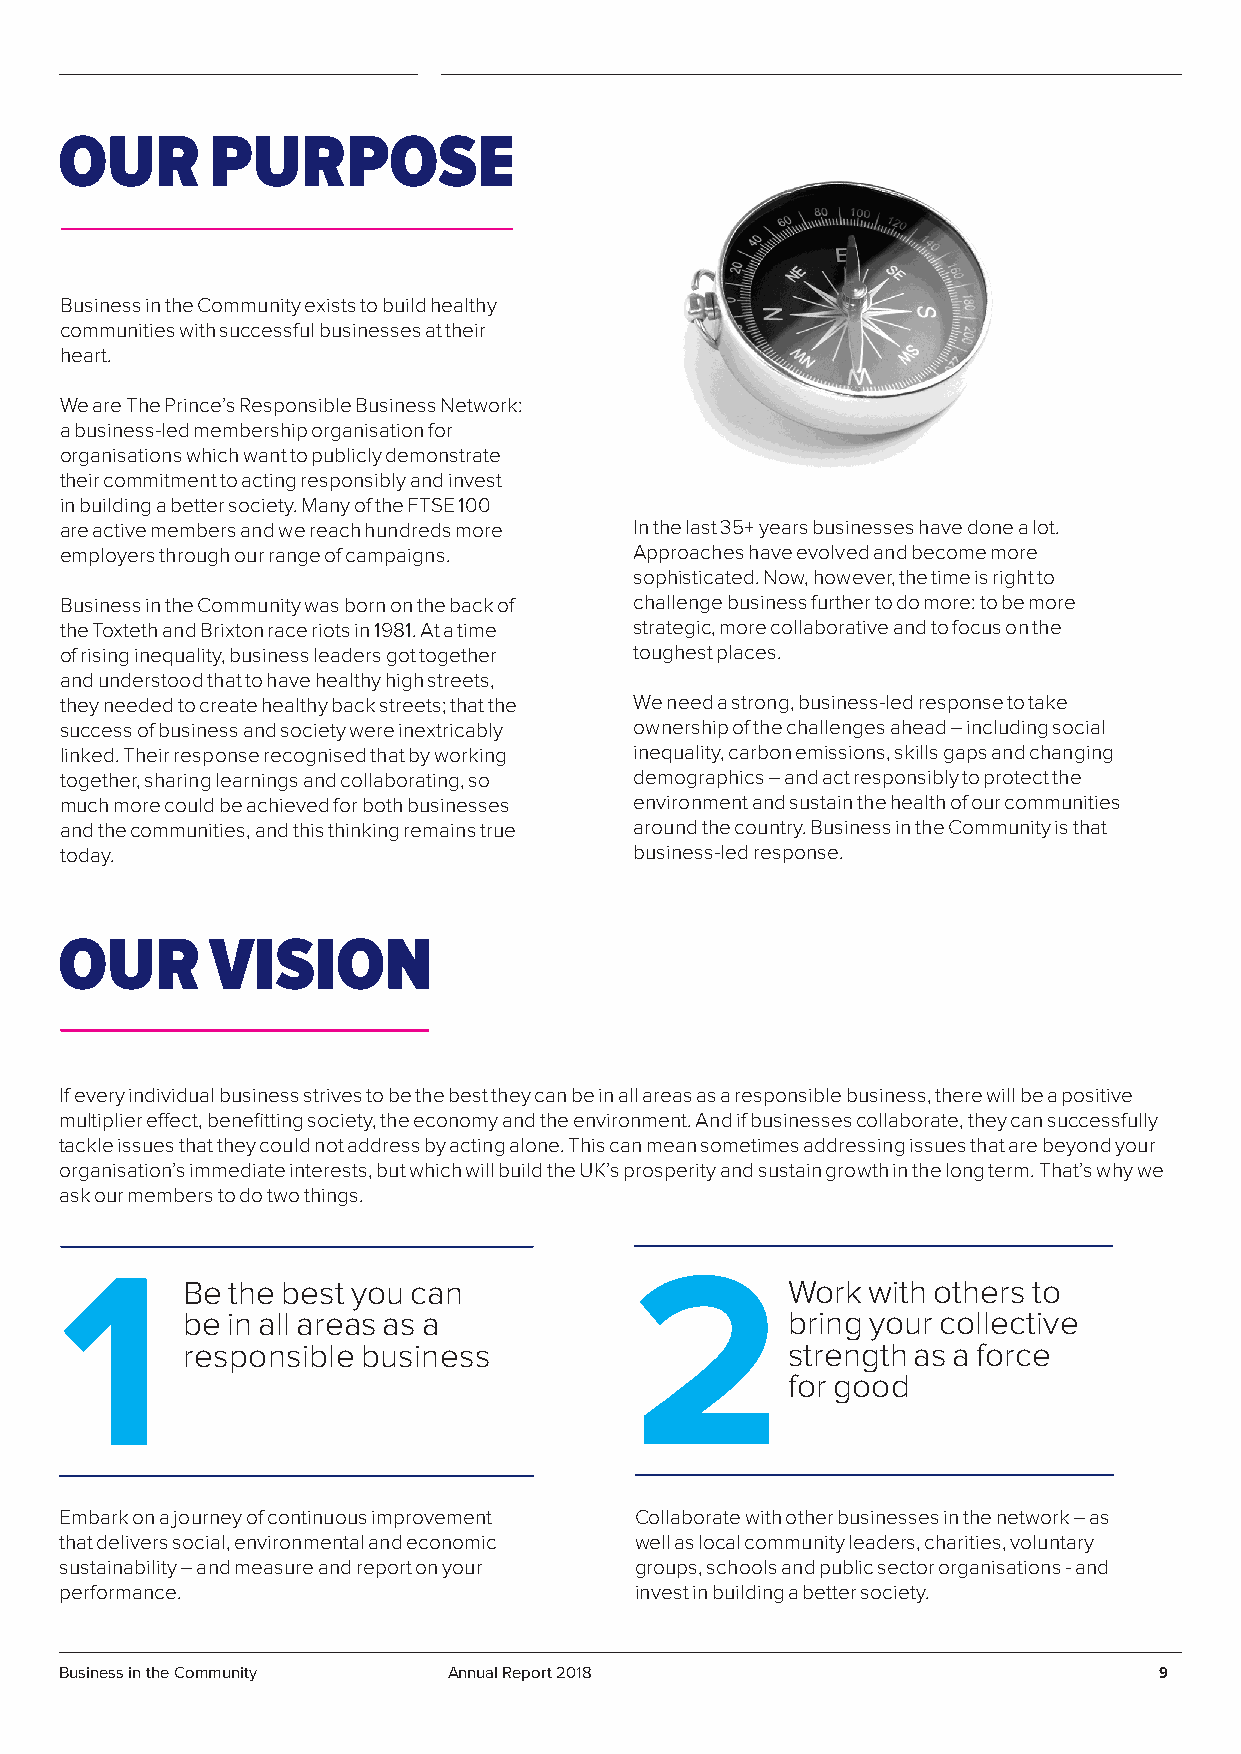
OUR       PURPOSE
 Business in the Community exists to build healthy
 communities with successful businesses at their
 heart.
 We are The Prince’s Responsible Business Network:
 a business-led membership organisation for
 organisations which want to publicly demonstrate
 their commitment to acting responsibly and invest
 in building a better society. Many of the FTSE 100
 are active members and we reach hundreds more In the last 35+ years businesses have done a lot.
 employers through our range of campaigns. Approaches have evolved and become more
 sophisticated. Now, however, the time is right to
 Business in the Community was born on the back of challenge business further to do more: to be more
 the Toxteth and Brixton race riots in 1981. At a time strategic, more collaborative and to focus on the
 of rising inequality, business leaders got together toughest places.
 and understood that to have healthy high streets,
 they needed to create healthy back streets; that the We need a strong, business-led response to take
 success of business and society were inextricably ownership of the challenges ahead – including social
 linked. Their response recognised that by working inequality, carbon emissions, skills gaps and changing
 together, sharing learnings and collaborating, so demographics – and act responsibly to protect the
 much more could be achieved for both businesses environment and sustain the health of our communities
 and the communities, and this thinking remains true around the country. Business in the Community is that
 today.                                business-led response.
 OUR       VISION
 If every individual business strives to be the best they can be in all areas as a responsible business, there will be a positive
 multiplier effect, benefitting society, the economy and the environment. And if businesses collaborate, they can successfully
 tackle issues that they could not address by acting alone. This can mean sometimes addressing issues that are beyond your
 organisation’s immediate interests, but which will build the UK’s prosperity and sustain growth in the long term. That’s why we
 ask our members to do two things.
 1                                     2
 Be the best you can                     Work with others to
 be in all areas as a                    bring your collective
 responsible business                    strength as a force
 for good
 Embark on a journey of continuous improvement Collaborate with other businesses in the network – as
 that delivers social, environmental and economic well as local community leaders, charities, voluntary
 sustainability – and measure and report on your groups, schools and public sector organisations - and
 performance.                          invest in building a better society.
 Business in the Community Annual Report 2018                             9